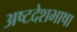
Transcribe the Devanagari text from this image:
अष्टदेशभाषा